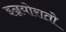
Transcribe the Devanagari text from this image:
इन्नयोरातो